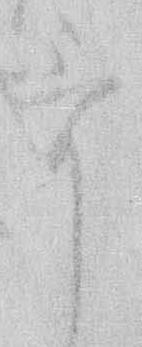
歌